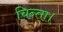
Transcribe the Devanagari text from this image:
चिन्ता।